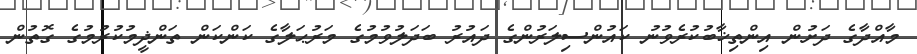
މާއްދާގެ ދަށުން އިންތިޚާބުކުރެވުނު ކައުންސިލަރުންގެ ދައުރު ބަދަލުވުމުގެ މަރުޙަލާގެ ކަންކަން ތަންޛީމުކުރުމުގެ ގޮތުން